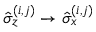
\hat { \sigma } _ { z } ^ { ( i , j ) } \rightarrow \hat { \sigma } _ { x } ^ { ( i , j ) }